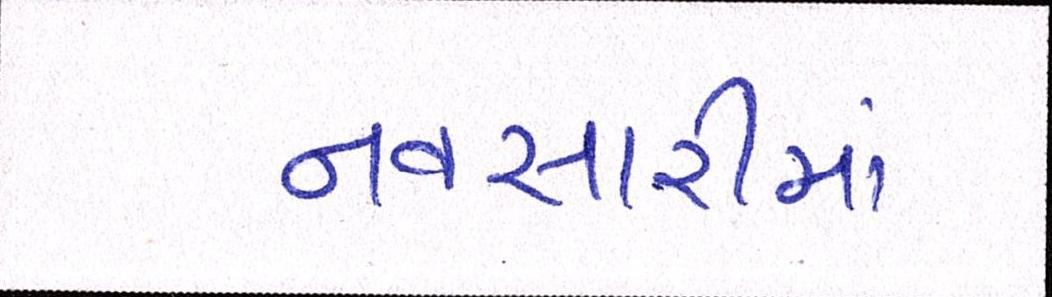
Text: નવસારીમાં